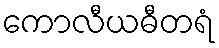
ကောလီယဓီတရံ